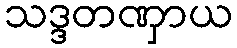
သဒ္ဒတဏှာယ